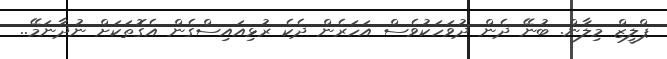
ޕްލީޒް މިލާން. ބުނޭ ދެން ދުވަހަކުވެސް އަހަރެން ދެކެ ރުޅިއައިސްގެން އެގޮތަކަށް ނުދާނަމޭ..